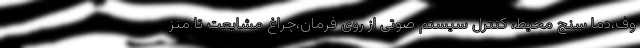
وف،دما سنج محیط، کنترل سیستم صوتی از روی فرمان،چراغ مشایعت تا منز